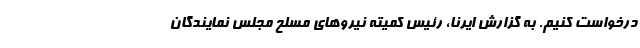
درخواست کنیم. به گزارش ایرنا، رئیس کمیته نیروهای مسلح مجلس نمایندگان